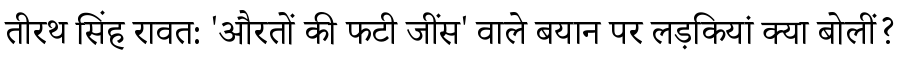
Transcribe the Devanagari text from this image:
तीरथ सिंह रावत: 'औरतों की फटी जींस' वाले बयान पर लड़कियां क्या बोलीं?